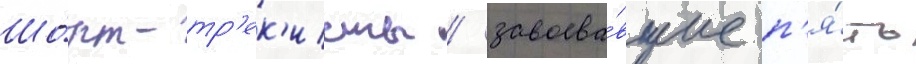
Шо́рт-тр'ек'исты / завоева́вшие п'я́ть